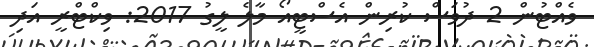
ވެއްޓުން 2 ދުވަސް ކުރިން އެސްޓީއޯ މާލެ ލީގު 2017: ވިކްޓްރީ އަދި